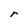
Character: r